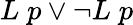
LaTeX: L\; p\lor\lnot L\; p